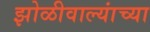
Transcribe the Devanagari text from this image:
झोळीवाल्यांच्या